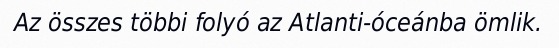
Az összes többi folyó az Atlanti-óceánba ömlik.